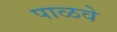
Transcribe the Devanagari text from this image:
पाळवे